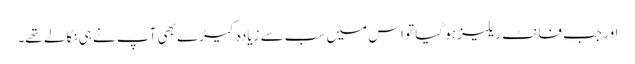
اور جب فانٹ ریلیز ہو گیا تو اس میں سب سے زیادہ کیڑے بھی آپ نے ہی نکالے تھے۔